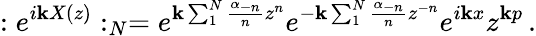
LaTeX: :e^{i\mathbf{k}X(z)}:_{N}=e^{\mathbf{k}\sum_{1}^{N}\frac{{\alpha_{-n}}}{{n}}z^{n}}e^{-\mathbf{k}\sum_{1}^{N}\frac{{\alpha_{-n}}}{{n}}z^{-n}}e^{i\mathbf{k}x}z^{\mathbf{k}p}\, .